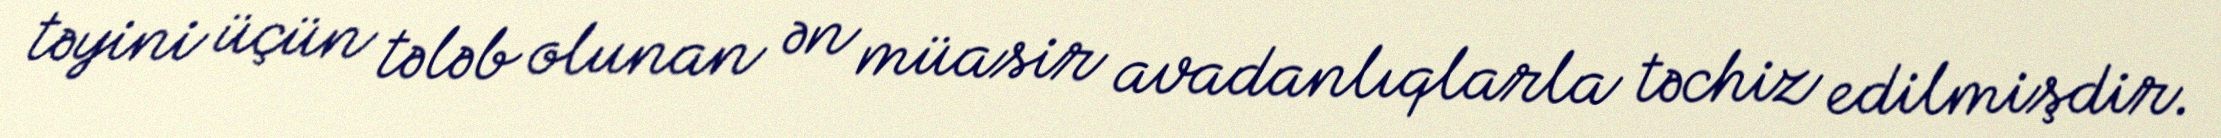
təyini üçün tələb olunan ən müasir avadanlıqlarla təchiz edilmişdir.